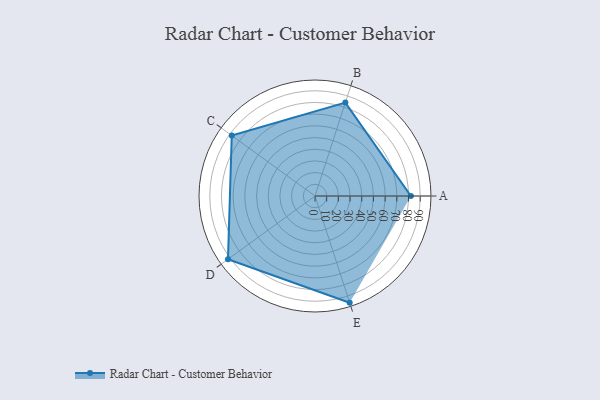
{"axis": {"x": "Skill", "y": "Score"}, "legend": ["Profile"], "data": [{"x": "A", "y": 82.0, "type": "Profile"}, {"x": "B", "y": 84.0, "type": "Profile"}, {"x": "C", "y": 88.0, "type": "Profile"}, {"x": "D", "y": 92.0, "type": "Profile"}, {"x": "E", "y": 96.0, "type": "Profile"}]}